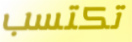
تكتسب